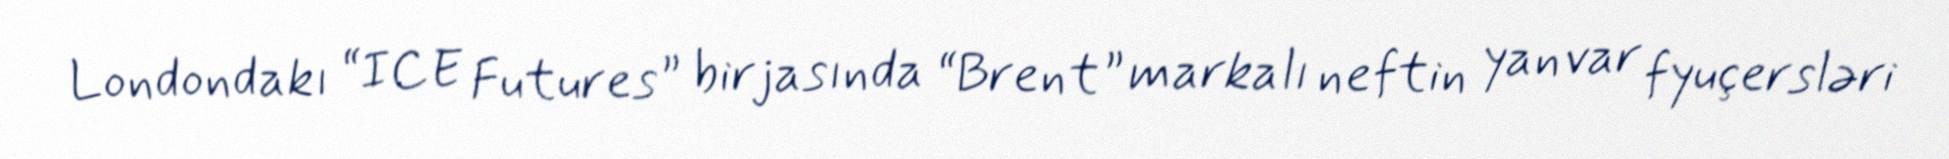
Londondakı “ICE Futures” birjasında “Brent” markalı neftin yanvar fyuçersləri